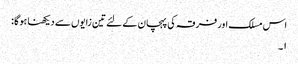
اس مسلک اور فرقہ کی پہچان کے لئے تین زایوں سے دیکھنا ہوگا :
۱۔